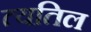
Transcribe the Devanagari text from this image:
त्यतिल